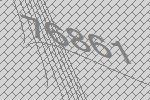
76861